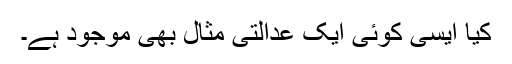
کیا ایسی کوئی ایک عدالتی مثال بھی موجود ہے۔